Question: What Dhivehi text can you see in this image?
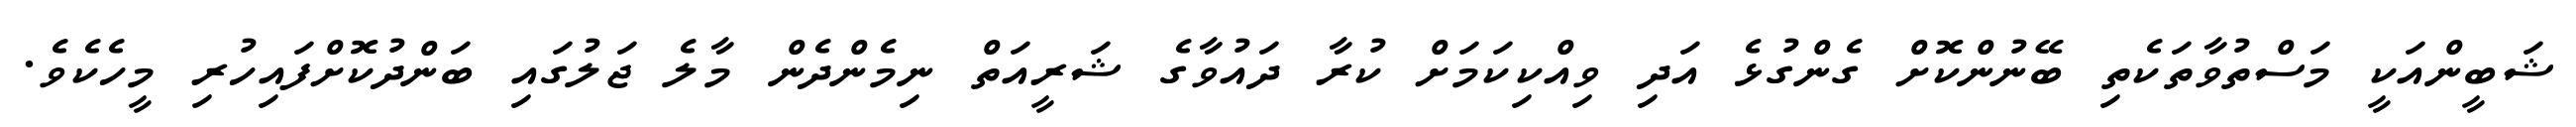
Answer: ޝަބީންއަކީ މަސްތުވާތަކެތި ބޭނުންކޮށް ގެންގުޅެ އަދި ވިއްކިކަމަށް ކުރާ ދައުވާގެ ޝަރީއަތް ނިމެންދެން މާލެ ޖަލުގައި ބަންދުކޮށްފައިހުރި މީހެކެވެ.